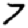
Digit: 7